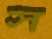
স